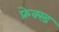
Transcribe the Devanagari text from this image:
फ्रेक्स्ड